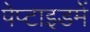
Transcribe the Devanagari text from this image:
पेप्टाइडमें